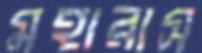
মহারাস